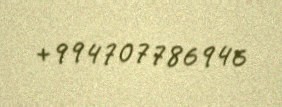
+994707786946